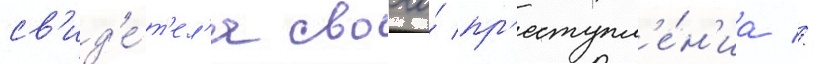
св'ид'е́т'ел'я своего́ пр'еступл'е́н'иа //